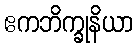
ဧကဘိက္ခုနိယာ